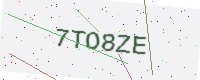
Text: 7TO8ZE